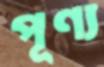
পূণ্য